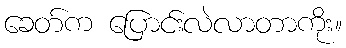
ခေတ်က ပြောင်းလဲလာတာကိုး။